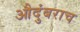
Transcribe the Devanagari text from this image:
औदुंबराच